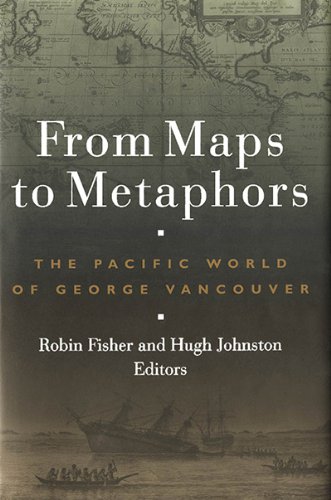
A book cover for From Maps to Metaphors: The Pacific World of George Vancouver; Travel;